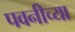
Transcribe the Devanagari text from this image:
पवनीच्या